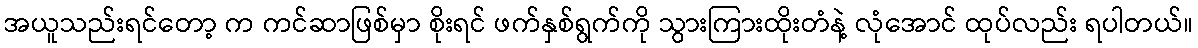
အယူသည်းရင်တော့ က ကင်ဆာဖြစ်မှာ စိုးရင် ဖက်နှစ်ရွက်ကို သွားကြားထိုးတံနဲ့ လုံအောင် ထုပ်လည်း ရပါတယ်။